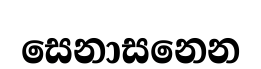
සෙනාසනෙන